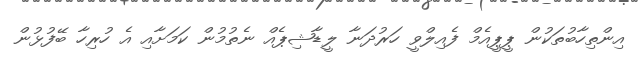
އިންތިހާބުތަކުން ޕީޕީއެމް ފެއިލްވީ ހަރުދަނާ ލީޑާޝިޕެއް ނެތުމުން ކަމަށާއި އެ ހުރިހާ ބޭފުޅުން